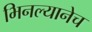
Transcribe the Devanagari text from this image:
भिनल्यानेच